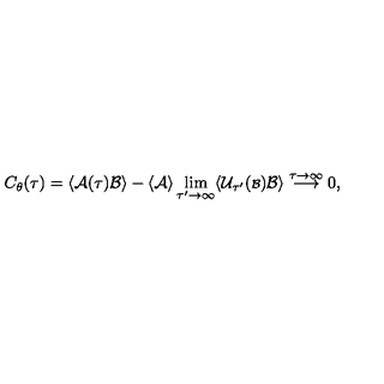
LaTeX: C _ { \theta } ( \tau ) = \langle { \cal A } ( \tau ) { \cal B } \rangle - \langle { \cal A } \rangle \lim _ { \tau ^ { \prime } \rightarrow \infty } \langle { \cal U } _ { \tau ^ { \prime } } ( { \scriptstyle { \cal B } } ) { \cal B } \rangle \stackrel { \tau \rightarrow \infty } { \longrightarrow } 0 ,